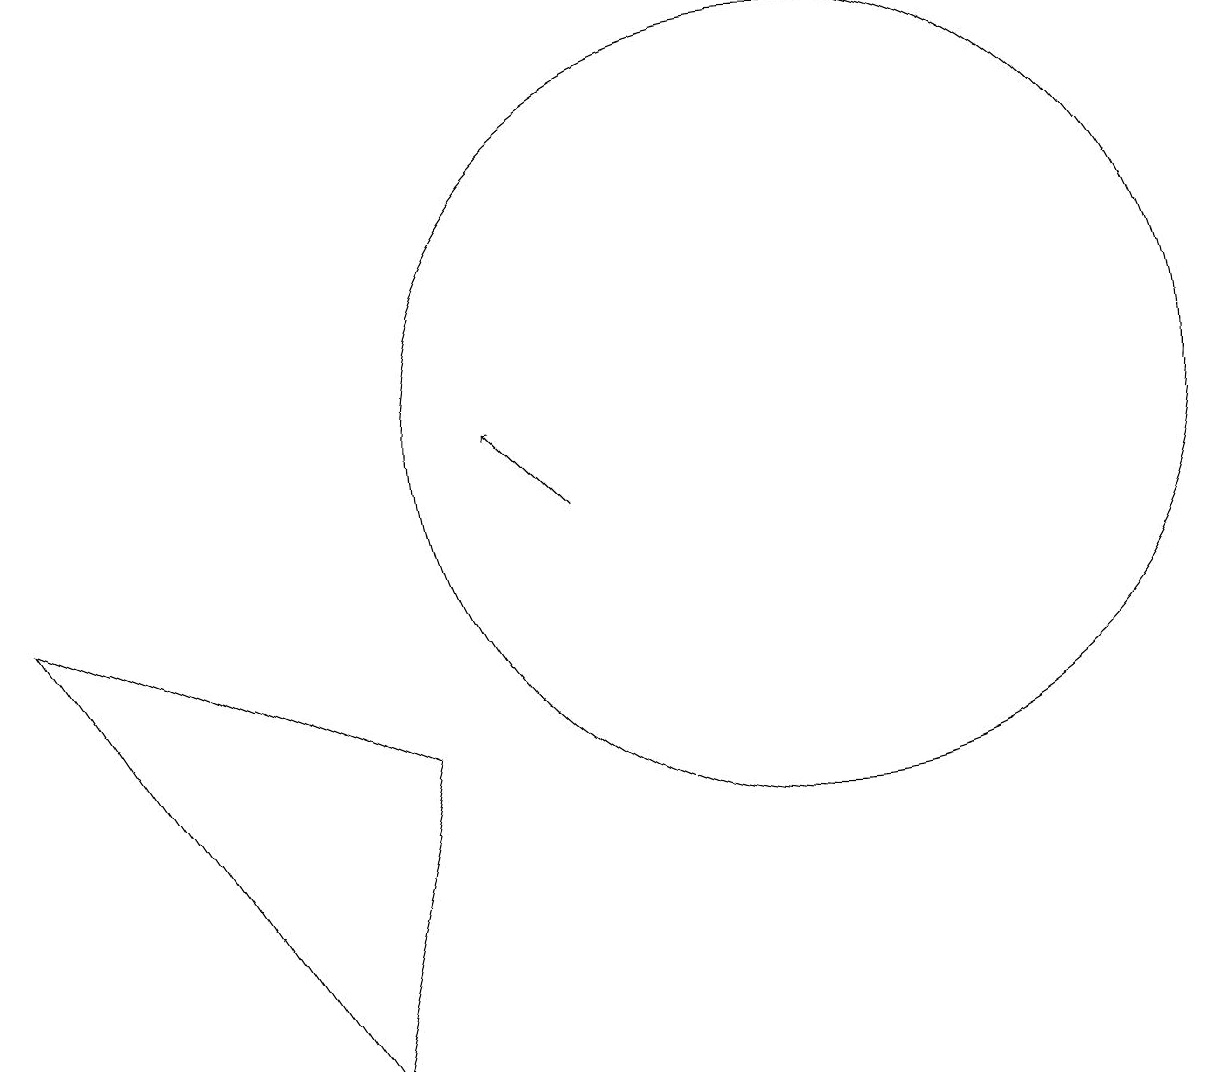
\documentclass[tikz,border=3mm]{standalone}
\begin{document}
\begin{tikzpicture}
\draw[->] (7,10) -- (6,11);
\draw (10,11) circle (5);
\draw (5,7) -- (0,9) -- (4,3) -- cycle;
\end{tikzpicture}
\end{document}